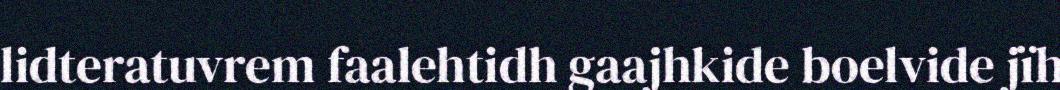
lidteratuvrem faalehtidh gaajhkide boelvide jïh